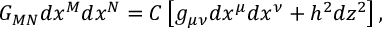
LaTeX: G _ { M N } d x ^ { M } d x ^ { N } = { \cal C } \left[ g _ { \mu \nu } d x ^ { \mu } d x ^ { \nu } + h ^ { 2 } d z ^ { 2 } \right] ,